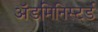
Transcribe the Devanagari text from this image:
ॲडमिनिस्टर्ड